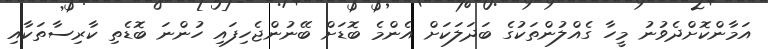
އަމާންކޮށްދެވުނު މީހާ ގެއްލުންތަކުގެ ބަދަލަކަށް އެންމެ ބޮޑަށް ބޭނުންޖެހިފައި ހުންނަ ބޮޑެތި ކާރިސާތަކާއި